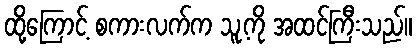
ထို့ကြောင့် စကားလက်က သူ့ကို အထင်ကြီးသည်။